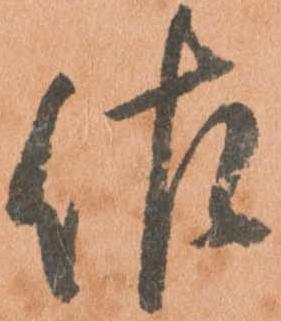
佐